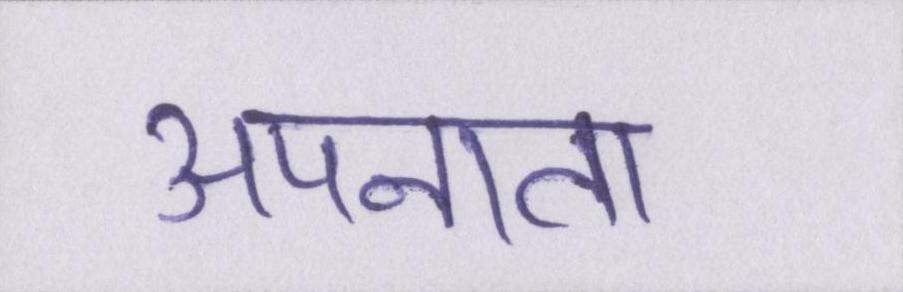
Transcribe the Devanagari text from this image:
अपनाता